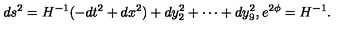
d s ^ { 2 } = H ^ { - 1 } ( - d t ^ { 2 } + d x ^ { 2 } ) + d y _ { 2 } ^ { 2 } + \cdots + d y _ { 9 } ^ { 2 } , e ^ { 2 \phi } = H ^ { - 1 } .